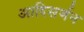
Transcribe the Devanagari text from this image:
आदिसर्जन